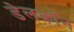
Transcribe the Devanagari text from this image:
डेलकॉन